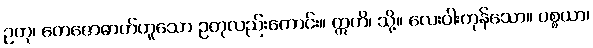
ဥတု၊ တေဇောဓာတ်ဟူသော ဥတုလည်းကောင်း။ ဣတိ၊ သို့။ လေးပါးကုန်သော။ ပစ္စယာ၊